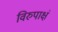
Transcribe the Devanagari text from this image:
विरुपाक्षं